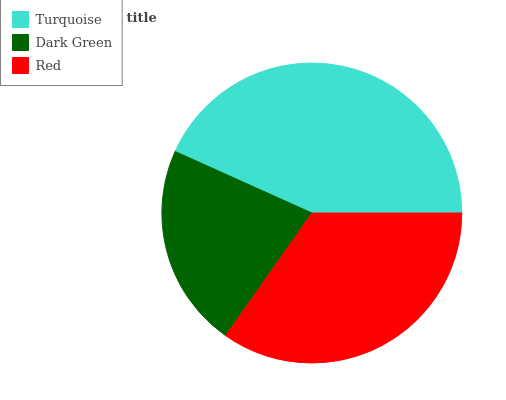
| Turquoise | Dark Green | Red |
 | --- | --- | --- |
 | 43.3% | 22% | 34.7% |